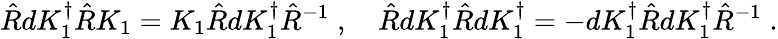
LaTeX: \hat{R}dK_{1}^{\dagger}\hat{R}K_{1}=K_{1}\hat{R}dK_{1}^{\dagger}\hat{R}^{-1}\; ,\quad\hat{R}dK_{1}^{\dagger}\hat{R}dK_{1}^{\dagger}=-dK_{1}^{\dagger}\hat{R}dK_{1}^{\dagger}\hat{R}^{-1}\; .